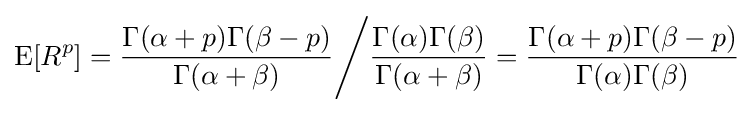
\operatorname {E} [R^{p}]={\frac {\Gamma (\alpha +p)\Gamma (\beta -p)}{\Gamma (\alpha +\beta )}}{\Bigg /}{\frac {\Gamma (\alpha )\Gamma (\beta )}{\Gamma (\alpha +\beta )}}={\frac {\Gamma (\alpha +p)\Gamma (\beta -p)}{\Gamma (\alpha )\Gamma (\beta )}}